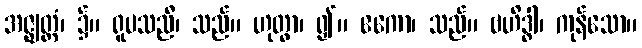
အဇ္ဈတ္တံ၊ ၌။ ရူပသညီ၊ သည်။ ဟုတွာ၊ ၍။ ဧကော၊ သည်။ ဗဟိဒ္ဓါ၊ ကုန်သော။